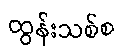
ထွန်းသစ်စ